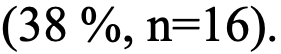
(38 %, n=16).